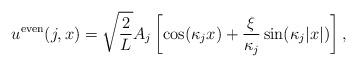
LaTeX: \begin{align*}u^{\rm even}(j,x)= \sqrt{\frac{2}{L}} A_j \left[ \cos(\kappa_j x) + \frac{\xi}{\kappa_j}\sin(\kappa_j |x|)\right],\end{align*}